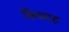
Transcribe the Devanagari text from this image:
किब्दाह